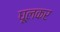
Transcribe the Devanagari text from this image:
घूलकर